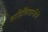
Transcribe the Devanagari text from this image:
ताहिलियानीने